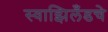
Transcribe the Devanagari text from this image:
स्वाझिलँडचे